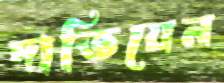
দাতিয়েন